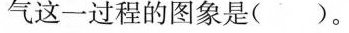
气这一过程的图象是( )。